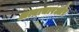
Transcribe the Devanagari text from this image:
अत्याचारऔर